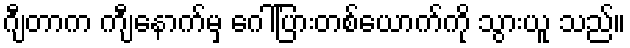
ဂျီတာက ကျီနောက်မှ ဂေါ်ပြားတစ်ယောက်ကို သွားယူ သည်။